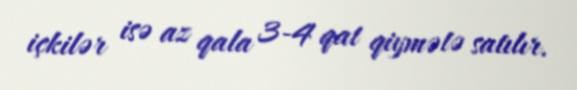
içkilər isə az qala 3-4 qat qiymətə satılır.